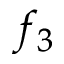
f _ { 3 }